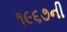
૧૯૬૭ની